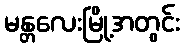
မန္တလေးမြို့အတွင်း